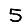
Digit: 5